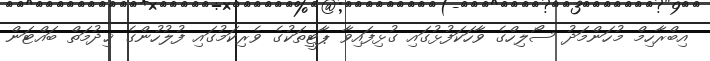
އިބްރާހިމް މުހަންމަދު ސޯލިހްގެ ވާހަކަފުޅުގައި ގުޅިފައިވާ ޕާޓީތަކުގެ ވެރިކަމުގައި ފުލުހުންގެ ޚިދުމަތް ބައްޓަން